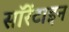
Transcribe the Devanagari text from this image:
सॉरेंटाइन